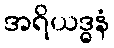
အရိယဒ္ဓနံ